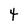
Character: t